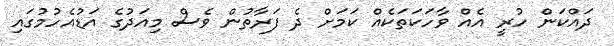
ދައްކަން ހުރީ އެއް ވާހަކަތަކެއް ކަމަށް ދެ ފަރާތުން ވެސް މިއަދުގެ އަޑުއެހުމުގައި